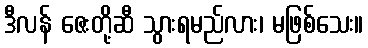
ဒီလန် ဇေးတို့ဆီ သွားရမည်လား၊ မဖြစ်သေး။